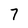
Character: 7